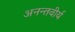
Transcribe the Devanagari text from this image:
अनन्तवीर्य